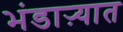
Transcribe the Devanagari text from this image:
भंडाऱ्यात